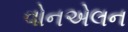
વોનએલન